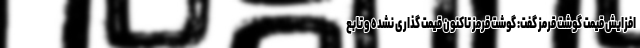
افزایش قیمت گوشت قرمز گفت: گوشت قرمز تاکنون قیمت گذاری نشده و تابع